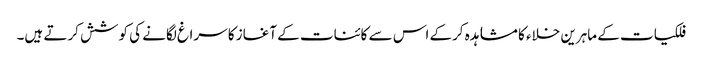
فلکیات کے ماہرین خلاء کا مشاہدہ کرکے اس سے کائنات کے آغاز کا سراغ لگانے کی کوشش کرتے ہیں۔